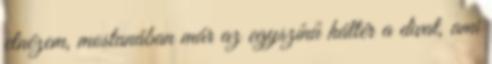
elnézem, mostanában már az egyszínű háttér a divat, ami